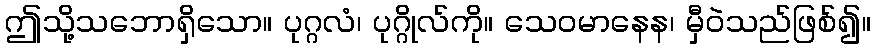
ဤသို့သဘောရှိသော။ ပုဂ္ဂလံ၊ ပုဂ္ဂိုလ်ကို။ သေဝမာနေန၊ မှီဝဲသည်ဖြစ်၍။